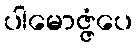
ပါမောဇ္ဇံပေ